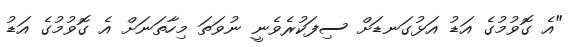
"އެ ގޮވުމުގެ އަޑު އަޅުގަނޑަށް ސިފަކުރެވެނީ ނުވަތަ މިހާތަނަށް އެ ގޮވުމުގެ އަޑު